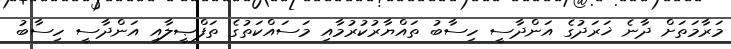
މަރާމަތަށް ދާނެ ޚަރަދުގެ އަންދާސީ ހިސާބު ތައްޔާރުކުރުމާއި މަސައްކަތުގެ ތަފްޞީލާއި އަންދާސީ ހިސާބު